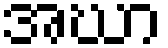
အဃာ